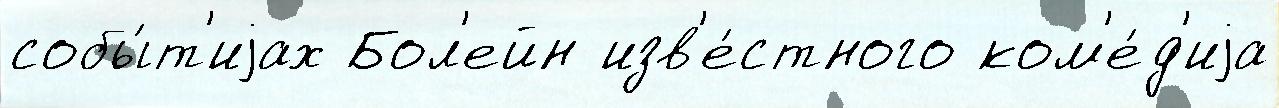
собы́т'иjах Бол'ейн изв'е́стного ком'е́д'иjа